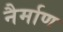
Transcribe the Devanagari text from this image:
नैर्माण